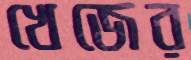
খেজের